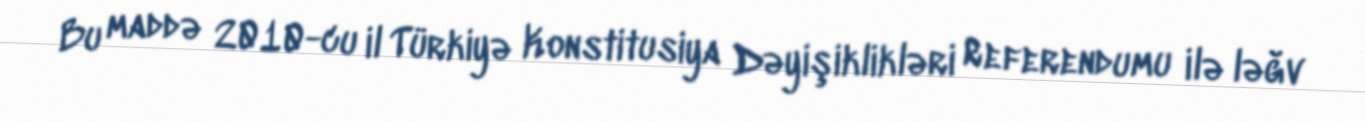
Bu maddə 2010-cu il Türkiyə Konstitusiya Dəyişiklikləri Referendumu ilə ləğv